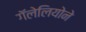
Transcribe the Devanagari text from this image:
गॅलेलियोने